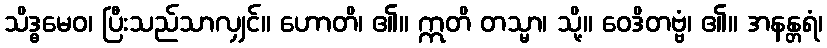
သိဒ္ဓမေဝ၊ ပြီးသည်သာလျှင်။ ဟောတိ၊ ၏။ ဣတိ တသ္မာ၊ သို့။ ဝေဒိတဗ္ဗံ၊ ၏။ အနန္တရံ၊